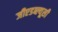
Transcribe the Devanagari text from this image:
जीएडब्ल्यूसी